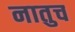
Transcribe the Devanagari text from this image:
नातुच